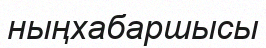
ныңхабаршысы